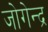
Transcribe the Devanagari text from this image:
जोगेन्द्र